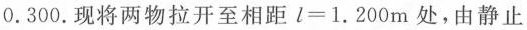
0 . 3 0 0$$.现将两物拉开至相距$$l = 1 . 2 0 0 m$$处，由静止